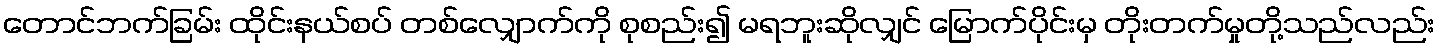
တောင်ဘက်ခြမ်း ထိုင်းနယ်စပ် တစ်လျှောက်ကို စုစည်း၍ မရဘူးဆိုလျှင် မြောက်ပိုင်းမှ တိုးတက်မှုတို့သည်လည်း